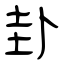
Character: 卦